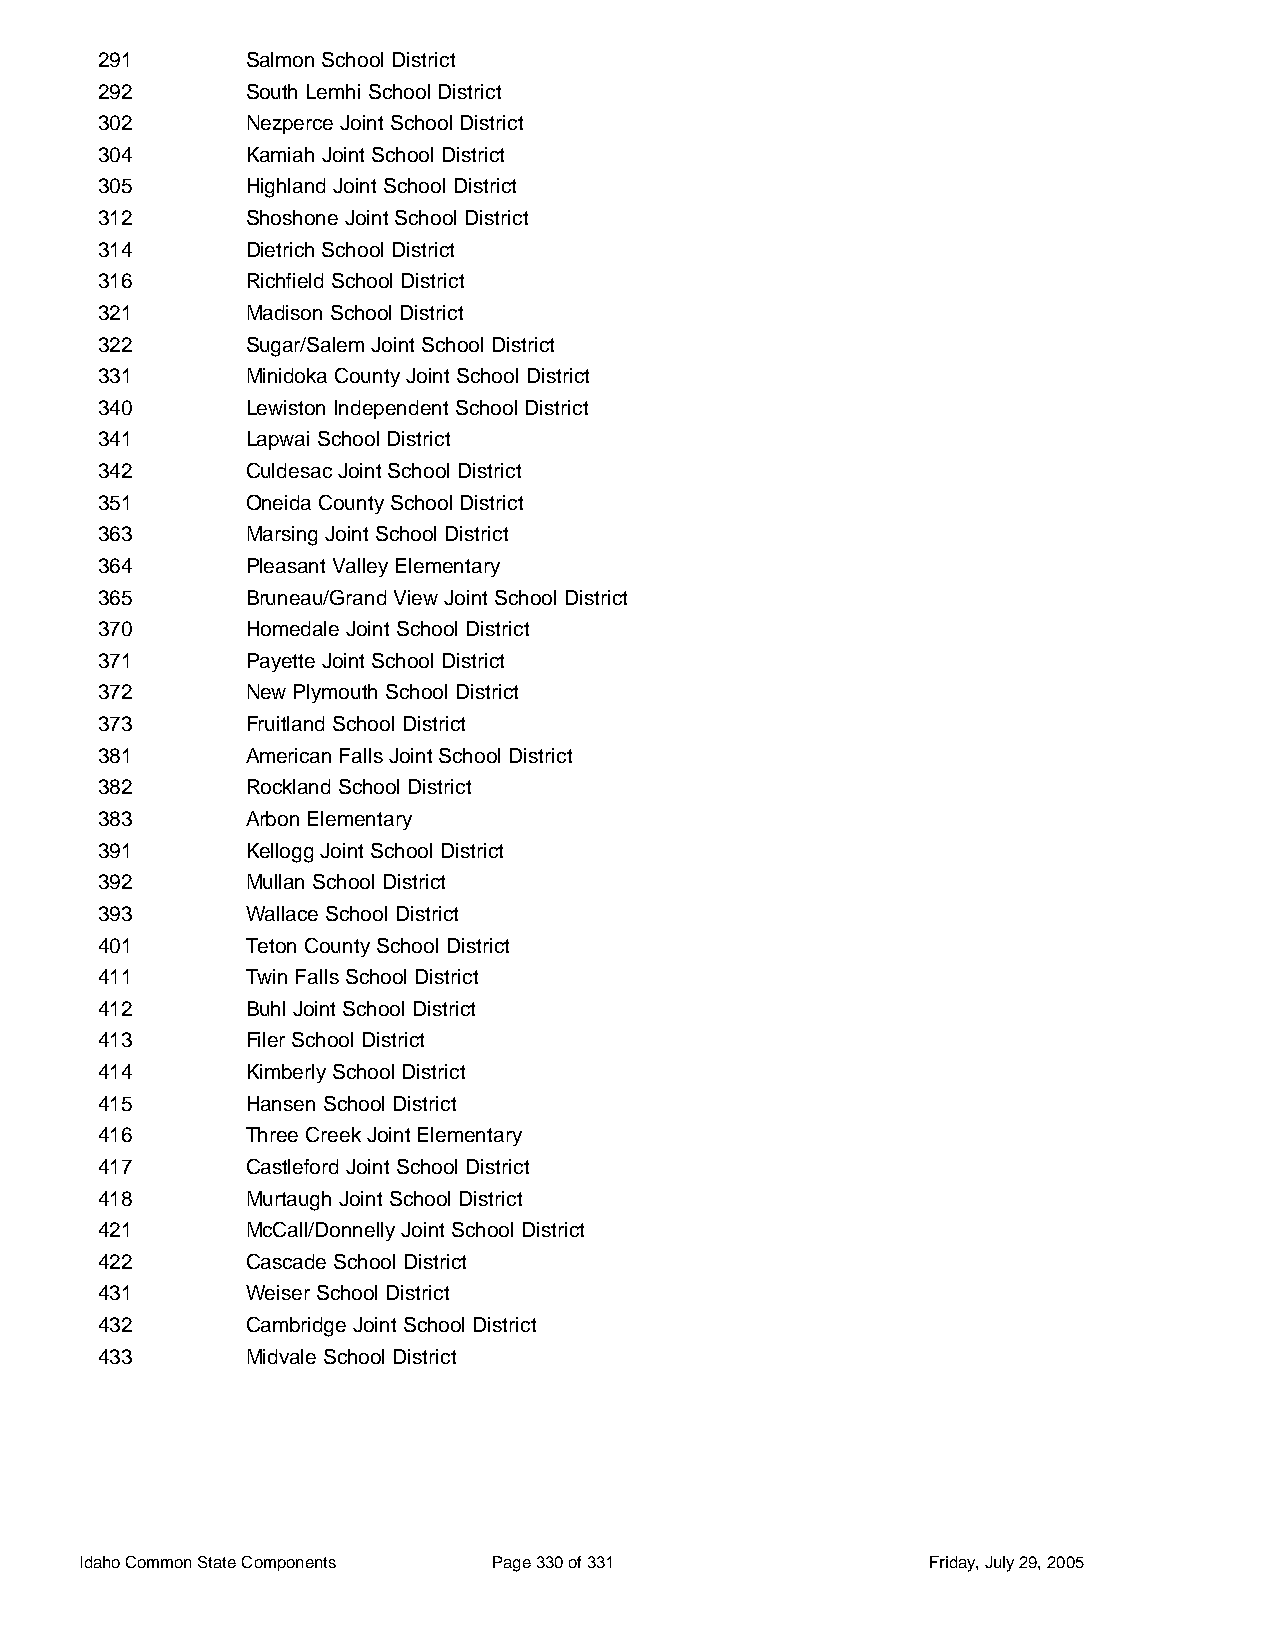
291       Salmon School District
 292       South Lemhi School District
 302       Nezperce Joint School District
 304       Kamiah Joint School District
 305       Highland Joint School District
 312       Shoshone Joint School District
 314       Dietrich School District
 316       Richfield School District
 321       Madison School District
 322       Sugar/Salem Joint School District
 331       Minidoka County Joint School District
 340       Lewiston Independent School District
 341       Lapwai School District
 342       Culdesac Joint School District
 351       Oneida County School District
 363       Marsing Joint School District
 364       Pleasant Valley Elementary
 365       Bruneau/Grand View Joint School District
 370       Homedale Joint School District
 371       Payette Joint School District
 372       New Plymouth School District
 373       Fruitland School District
 381       American Falls Joint School District
 382       Rockland School District
 383       Arbon Elementary
 391       Kellogg Joint School District
 392       Mullan School District
 393       Wallace School District
 401       Teton County School District
 411       Twin Falls School District
 412       Buhl Joint School District
 413       Filer School District
 414       Kimberly School District
 415       Hansen School District
 416       Three Creek Joint Elementary
 417       Castleford Joint School District
 418       Murtaugh Joint School District
 421       McCall/Donnelly Joint School District
 422       Cascade School District
 431       Weiser School District
 432       Cambridge Joint School District
 433       Midvale School District
 Idaho Common State Components Page 330 of 331           Friday, July 29, 2005